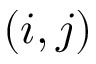
( i , j )